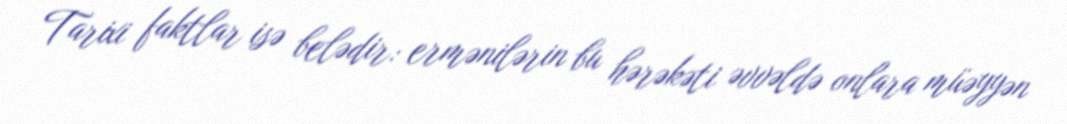
Tarixi faktlar isə belədir: ermənilərin bu hərəkəti əvvəldə onlara müəyyən